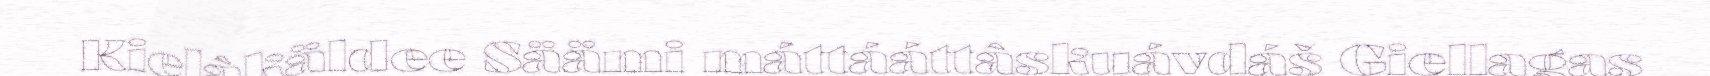
Kielâkäldee Säämi máttááttâskuávdáš Giellagas